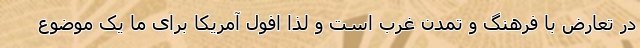
در تعارض با فرهنگ و تمدن غرب است و لذا افول آمریکا برای ما یک موضوع